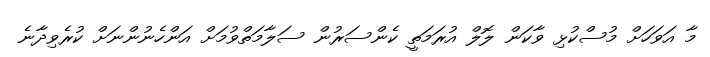
މާ އަވަހަށް މުސްކުޅި ވާކަން ލޮލް އުރަމަތީ ކެންސަރުން ސަލާމަތްވުމަށް އަންހެނުންނަށް ކުރެވިދާނެ